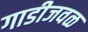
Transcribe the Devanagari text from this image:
गाडीजवळ